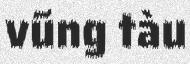
vũng tàu